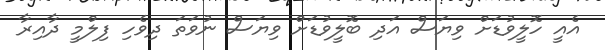
އެއީ ހޮލީވުޑަށް ވިޔަސް އަދި ބޮލީވުޑަށް ވިޔަސް ނުވަތަ ދިވެހި ފިލްމީ ދާއިރާ